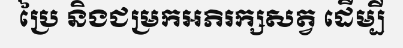
ប្រៃ និងជម្រកអភិរក្សសត្វ ដើម្បី